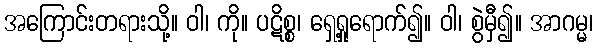
အကြောင်းတရားသို့။ ဝါ၊ ကို။ ပဋိစ္စ၊ ရှေ့ရှုရောက်၍။ ဝါ၊ စွဲမှီ၍။ အာဂမ္မ၊